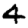
Digit: 4